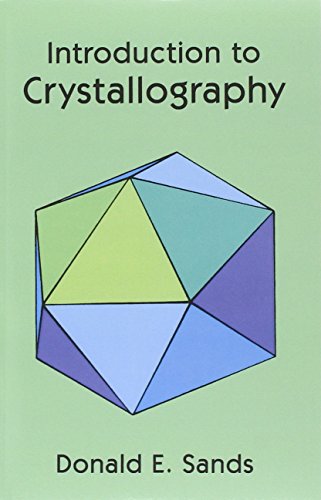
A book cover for Introduction to Crystallography (Dover Books on Chemistry); Donald E. Sands; Science & Math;